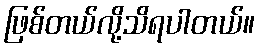
ဖြစ်တယ်လို့သိရပါတယ်။